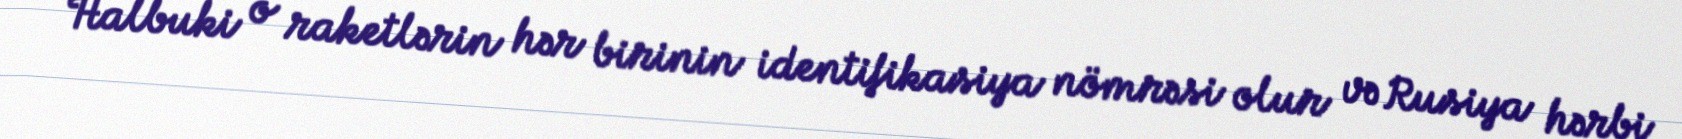
Halbuki o raketlərin hər birinin identifikasiya nömrəsi olur və Rusiya hərbi